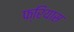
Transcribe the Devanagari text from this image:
फ्रियास